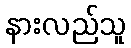
နားလည်သူ